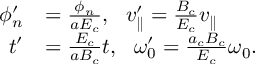
\begin{array} { r l } { \phi _ { n } ^ { \prime } } & { = \frac { \phi _ { n } } { a E _ { c } } , \ \ v _ { \parallel } ^ { \prime } = \frac { B _ { c } } { E _ { c } } v _ { \parallel } } \\ { t ^ { \prime } } & { = \frac { E _ { c } } { a B _ { c } } t , \ \ \omega _ { 0 } ^ { \prime } = \frac { a _ { c } B _ { c } } { E _ { c } } \omega _ { 0 } . } \end{array}